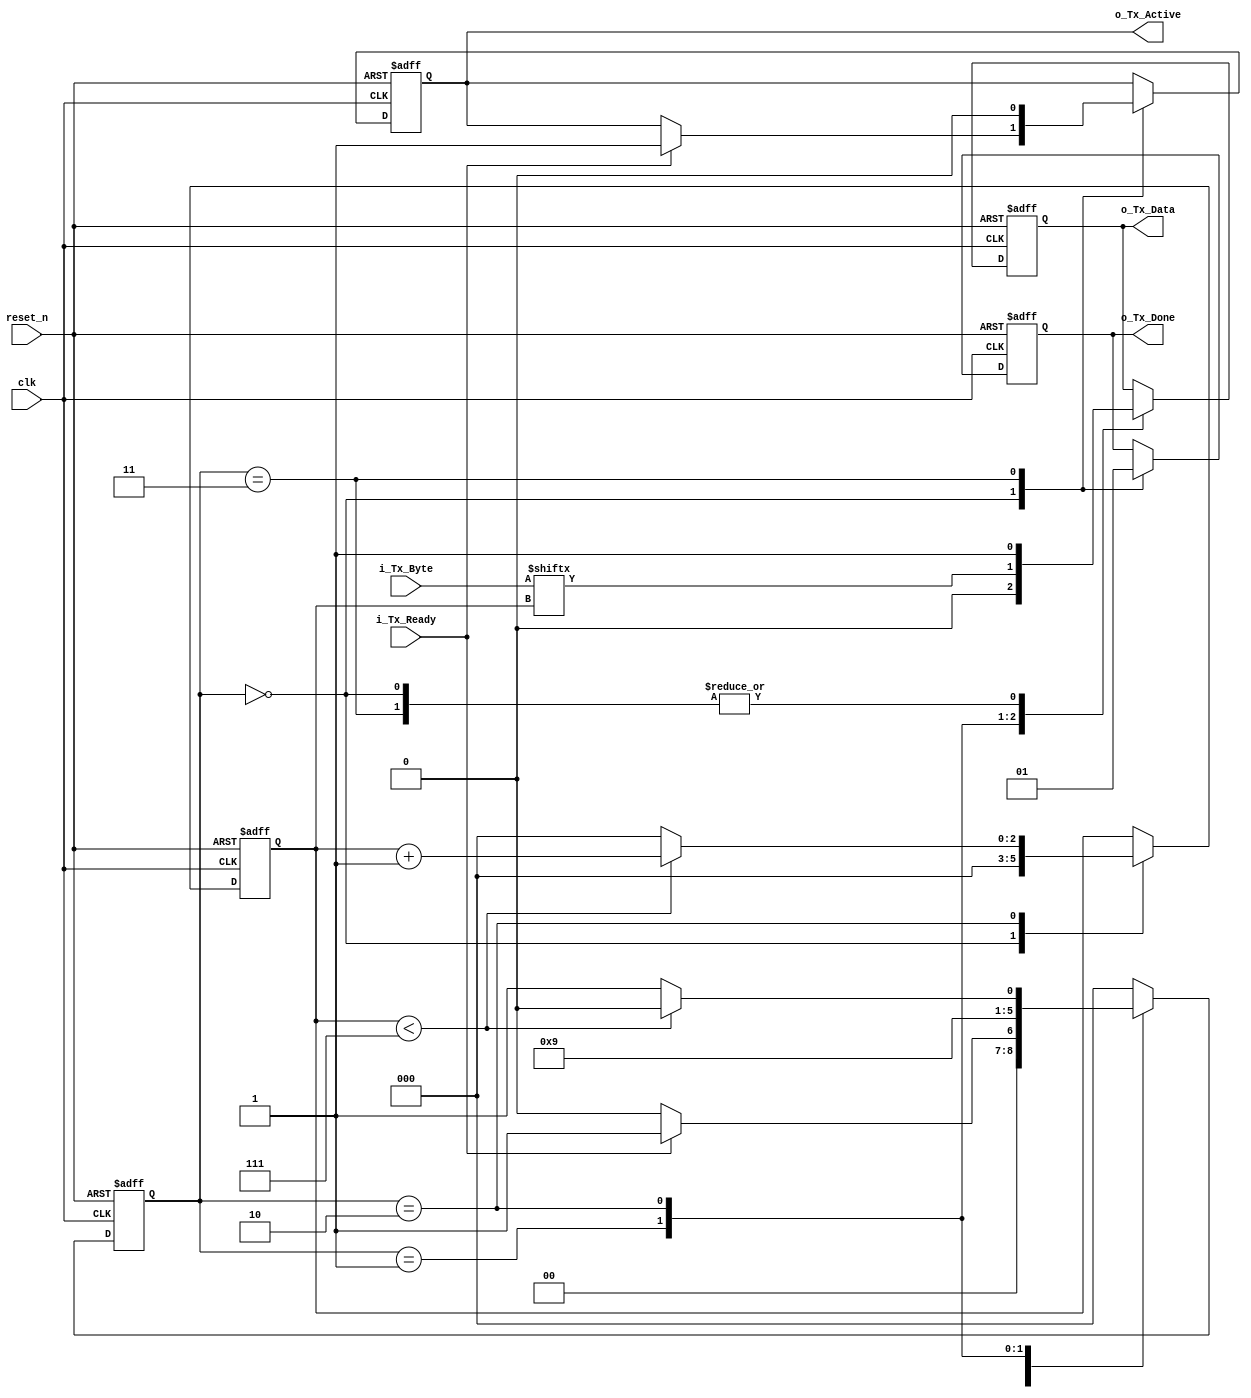
/*   

CLKS_PER_BITS = (Input Frequency {i_clk}/ UART Frequency {Baud Rate} 

Example : CLKS_PER_BITS = (25 MHz / 115200) = 217 

Author : VLSI Excellence - Gyan Chand Dhaka (https://www.youtube.com/@vlsiexcellence)

*/

// Code your design here

module uart_tx_controller(
  
  input              clk,
  input              reset_n,
  input [7:0]        i_Tx_Byte,
  input              i_Tx_Ready,
  output             o_Tx_Done,
  output             o_Tx_Active, // Asserted for 1 clk cycle after receiving one byte of data 
  output             o_Tx_Data
);
  
  localparam UART_TX_IDLE = 3'b000,
             UART_TX_START = 3'b001,
             UART_TX_DATA =  3'b010,
             UART_TX_STOP = 3'b011;
  
  reg [2:0]          r_Bit_Index;
  reg                r_Tx_Done;
  reg                r_Tx_Data;
  reg [2:0]          r_State;
  reg                r_Tx_Active;
   
  
  //UART TX Logic Implementation 
  
  always @(posedge clk or negedge reset_n)
    begin
      if(~reset_n)
        begin
          r_State <= UART_TX_IDLE;          
          r_Bit_Index <= 0;
          r_Tx_Done <= 1'b0;
          r_Tx_Data <= 1'b1;  
          r_Tx_Active <= 1'b0;
        end
      else 
        begin
          case(r_State)
        UART_TX_IDLE: begin       
          r_Bit_Index <= 0;
          r_Tx_Done <= 1'b0;
          r_Tx_Data <= 1'b1;
          if(i_Tx_Ready == 1'b1)
            begin
              r_State <= UART_TX_START;
              r_Tx_Active <= 1'b1;
            end
          else begin
              r_State <= UART_TX_IDLE;
          end
        end
        
        UART_TX_START: begin
              r_Tx_Data <= 1'b0;
              r_State <= UART_TX_DATA;    
            end          
        
        UART_TX_DATA: begin
          r_Tx_Data <= i_Tx_Byte[r_Bit_Index];      
          if(r_Bit_Index < 7 )
              begin
                r_Bit_Index <= r_Bit_Index + 1;
                r_State <= UART_TX_DATA;
              end
            else begin
                r_Bit_Index <= 0;
                r_State <= UART_TX_STOP;
            end
          end        
          
          UART_TX_STOP: begin          
              r_State <= UART_TX_IDLE;            
              r_Tx_Done <= 1'b1;
              r_Tx_Active <= 1'b0;
              r_Tx_Data <= 1'b1;
            end           
          
          default: begin
              r_State <= UART_TX_IDLE;
          end
          endcase
     end
    end
  assign o_Tx_Done = r_Tx_Done;
  assign o_Tx_Data = r_Tx_Data;
  assign o_Tx_Active = r_Tx_Active;
 endmodule